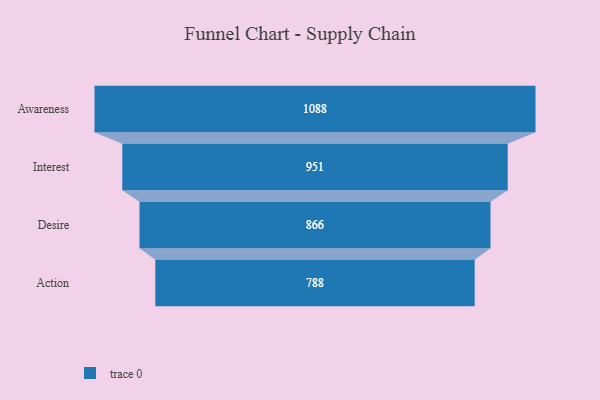
{"axis": {"x": "Stage", "y": "Value"}, "legend": [""], "data": [{"x": "Awareness", "y": 1088.0, "type": ""}, {"x": "Interest", "y": 951.0, "type": ""}, {"x": "Desire", "y": 866.0, "type": ""}, {"x": "Action", "y": 788.0, "type": ""}]}